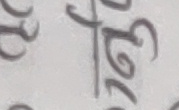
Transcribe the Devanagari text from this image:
७